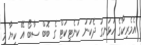
އެމެރިކާގެ ހުޅަނގު ދެކުނު ކަނެޓިކަޓް ގެ ބޮބް ސާބޯ އޭ ކިޔާ މި